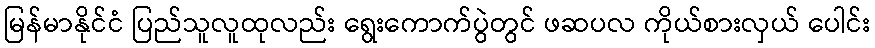
မြန်မာနိုင်ငံ ပြည်သူလူထုလည်း ရွေးကောက်ပွဲတွင် ဖဆပလ ကိုယ်စားလှယ် ပေါင်း